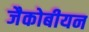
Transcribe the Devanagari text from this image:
जैकोबीयन